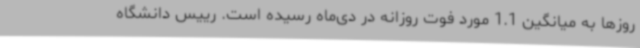
روزها به میانگین 1.1 مورد فوت روزانه در دی‌ماه رسیده است. رییس دانشگاه